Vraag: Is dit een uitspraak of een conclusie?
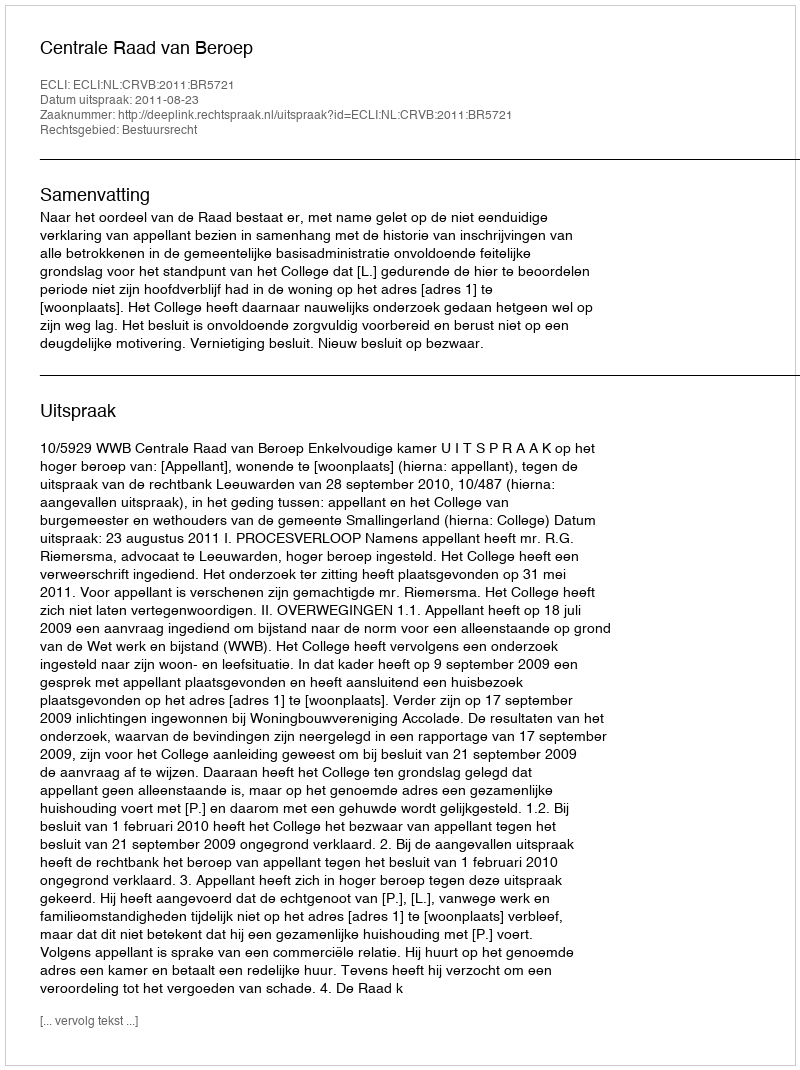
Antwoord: Uitspraak